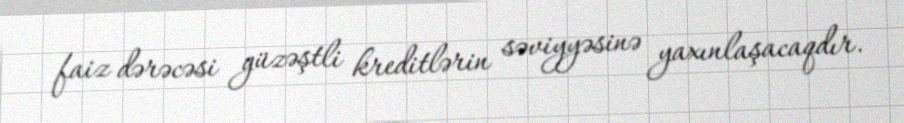
faiz dərəcəsi güzəştli kreditlərin səviyyəsinə yaxınlaşacaqdır.